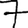
Digit: 7